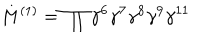
LaTeX: M ^ { ( 1 ) } = \prod \gamma ^ { 6 } \gamma ^ { 7 } \gamma ^ { 8 } \gamma ^ { 9 } \gamma ^ { 1 1 }